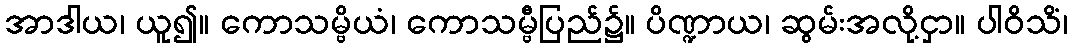
အာဒါယ၊ ယူ၍။ ကောသမ္ဗိယံ၊ ကောသမ္ဗီပြည်၌။ ပိဏ္ဍာယ၊ ဆွမ်းအလို့ငှာ။ ပါဝိသိံ၊